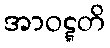
အာဝဋ္ဋတိ